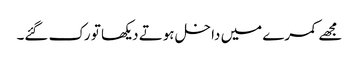
مجھے کمرے میں داخل ہوتے دیکھا تو رک گئے۔